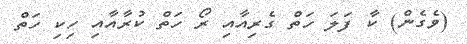
(ވެގެން) ކާ ފަލަ ހަތް ގެރިއާއި ރޯ ހަތް ކުރާއާއި ހިކި ހަތް